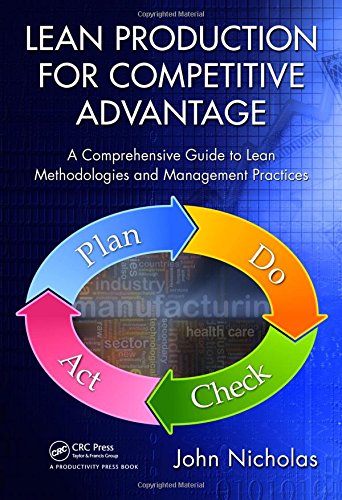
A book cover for Lean Production for Competitive Advantage: A Comprehensive Guide to Lean Methodologies and Management Practices; John Nicholas; Business & Money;